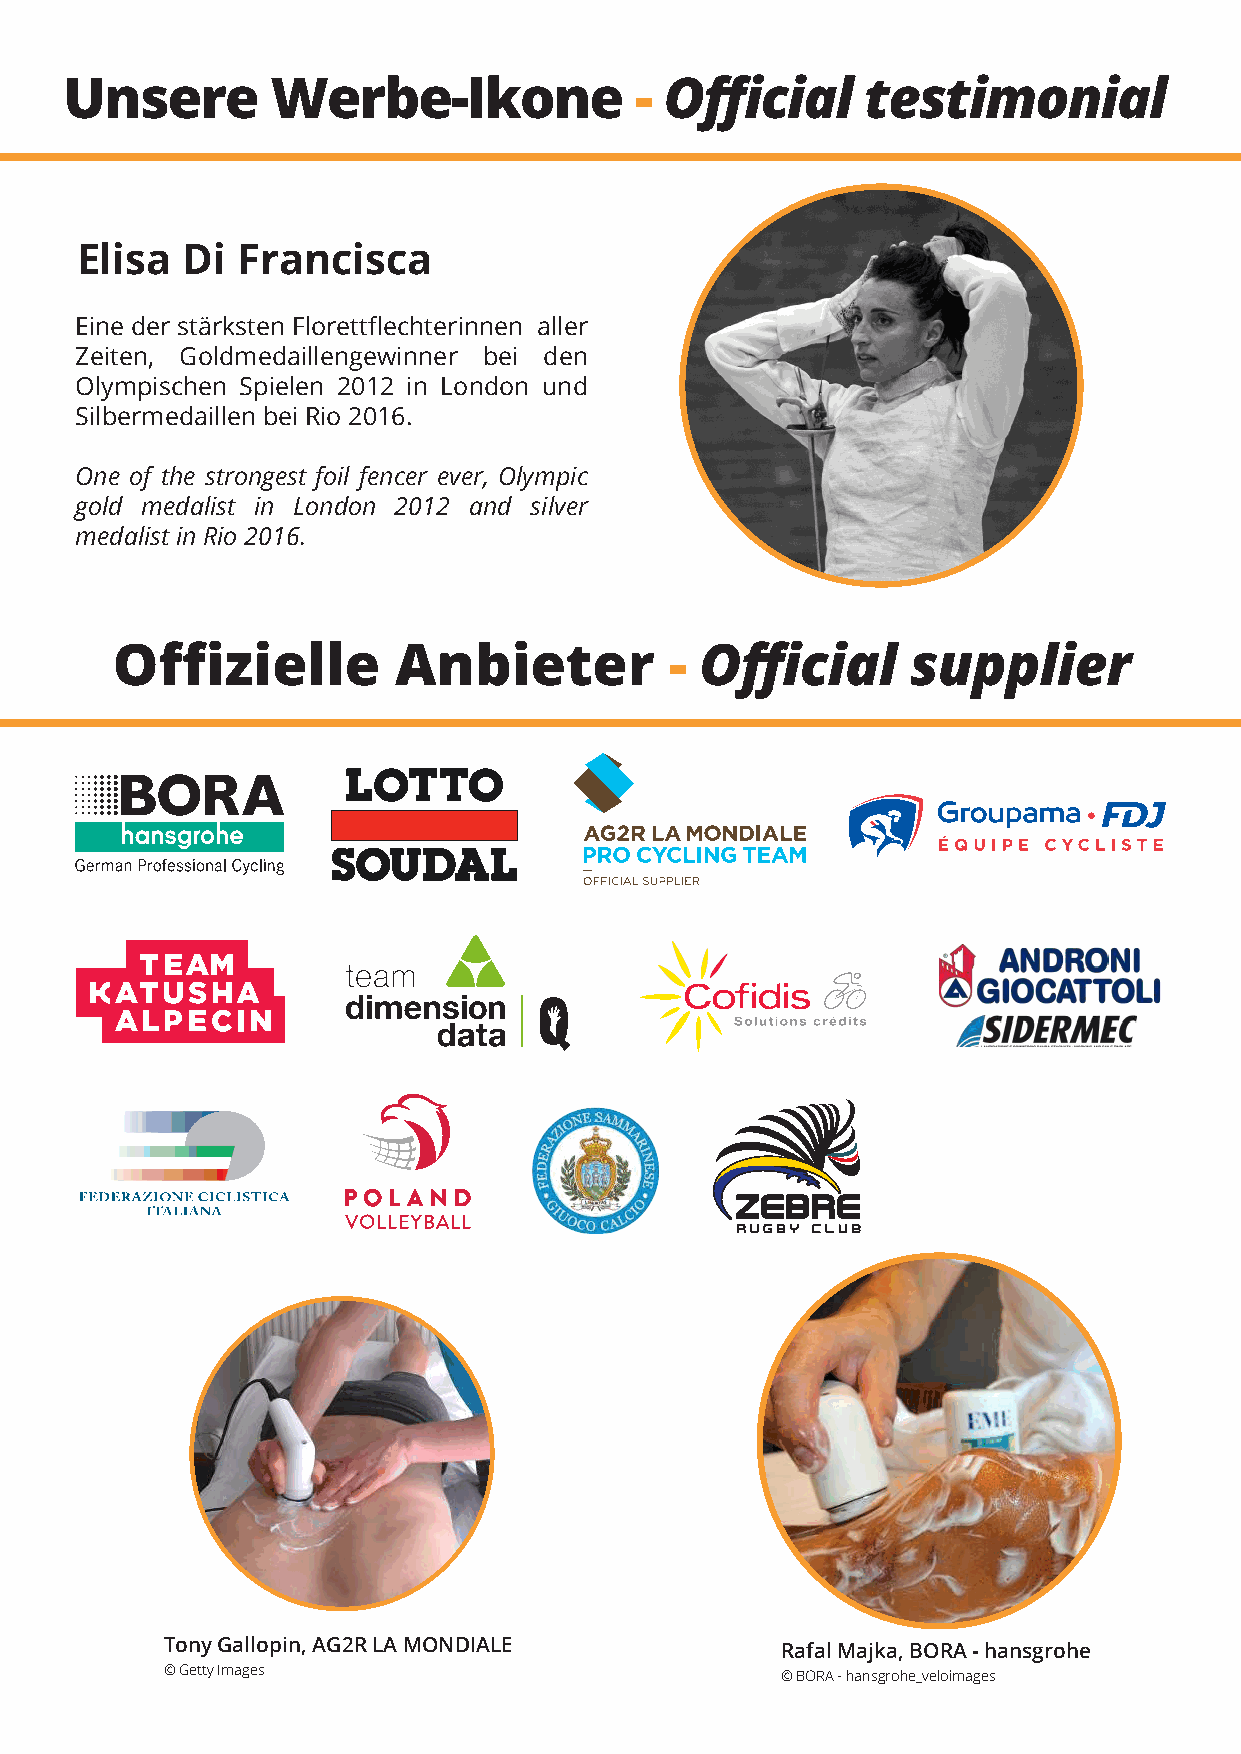
Unsere        Werbe-Ikone             - Official     testimonial
 Elisa  Di  Francisca
 Eine der stärksten Florettflechterinnen aller
 Zeiten, Goldmedaillengewinner bei den
 Olympischen Spielen 2012 in London und
 Silbermedaillen bei Rio 2016.
 One of the strongest foil fencer ever, Olympic
 gold medalist in London 2012 and silver
 medalist in Rio 2016.
 Offizielle         Anbieter          - Official      supplier
 Tony Gallopin, AG2R LA MONDIALE          Rafal Majka, BORA - hansgrohe
 © Getty Images                           © BORA - hansgrohe_veloimages